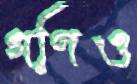
গণিও